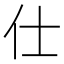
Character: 仕